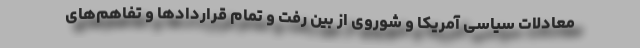
معادلات سیاسی آمریکا و شوروی از بین رفت و تمام قراردادها و تفاهم‌های